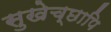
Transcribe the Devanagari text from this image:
सुखेच्छापि